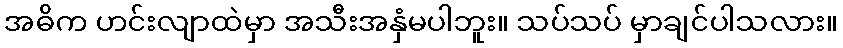
အဓိက ဟင်းလျာထဲမှာ အသီးအနှံမပါဘူး။ သပ်သပ် မှာချင်ပါသလား။